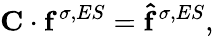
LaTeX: \mathbf{C}\cdot\mathbf{f}^{\sigma,ES}=\mathbf{\hat{f}}^{\sigma,ES},